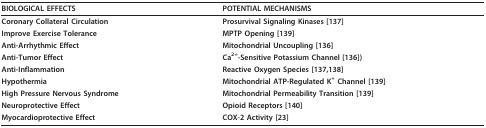
<table><thead><tr><td><b>BIOLOGICAL EFFECTS</b></td><td><b>POTENTIAL MECHANISMS</b></td></tr></thead><tbody><tr><td><b>Coronary Collateral Circulation</b></td><td><b>Prosurvival Signaling Kinases </b>[137]</td></tr><tr><td><b>Improve Exercise Tolerance</b></td><td><b>MPTP Opening </b>[139]</td></tr><tr><td><b>Anti-Arrhythmic Effect</b></td><td><b>Mitochondrial Uncoupling </b>[136]</td></tr><tr><td><b>Anti-Tumor Effect</b></td><td><b>Ca<sup>2+</sup>-Sensitive Potassium Channel </b>[136])</td></tr><tr><td><b>Anti-Inflammation</b></td><td><b>Reactive Oxygen Species </b>[137,138]</td></tr><tr><td><b>Hypothermia</b></td><td><b>Mitochondrial ATP-Regulated K<sup>+ </sup>Channel </b>[139]</td></tr><tr><td><b>High Pressure Nervous Syndrome</b></td><td><b>Mitochondrial Permeability Transition </b>[139]</td></tr><tr><td><b>Neuroprotective Effect</b></td><td><b>Opioid Receptors </b>[140]</td></tr><tr><td><b>Myocardioprotective Effect</b></td><td><b>COX-2 Activity </b>[23]</td></tr></tbody></table>